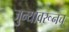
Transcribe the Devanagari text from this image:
जुन्यावरूनच